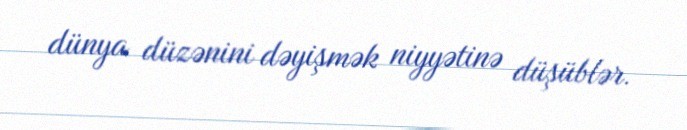
dünya düzənini dəyişmək niyyətinə düşüblər.